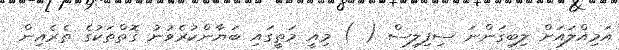
އަމިއްލައަށް ލިބިގަންނަ ސިފިލިސް ( ) މިއީ މަތީގައި ބަޔާންކުރެވުނު ގޮތްތަކުގެ ތެރެއިން